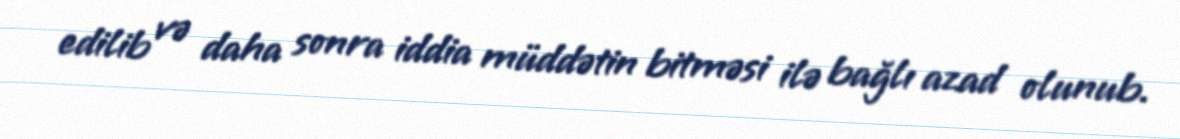
edilib və daha sonra iddia müddətin bitməsi ilə bağlı azad olunub.